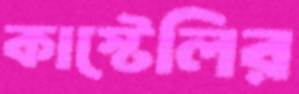
কাস্টেলির